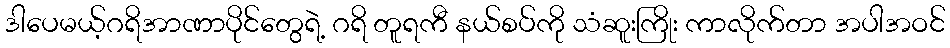
ဒါပေမယ့်ဂရိအာဏာပိုင်တွေရဲ့ ဂရိ တူရကီ နယ်စပ်ကို သံဆူးကြိုး ကာလိုက်တာ အပါအဝင်